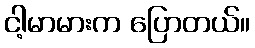
ငါ့မာမားက ပြောတယ်။